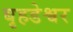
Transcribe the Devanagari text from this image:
बृहडेश्वर